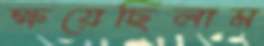
ক্ষয়েছিলাম